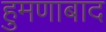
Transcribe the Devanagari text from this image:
हुमणाबाद